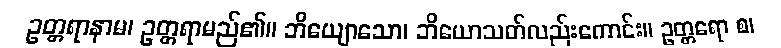
ဥတ္တရာနာမ၊ ဥတ္တရာမည်၏။ ဘိယျောသော၊ ဘိယောသတ်လည်းကောင်း။ ဥတ္တရော စ၊